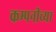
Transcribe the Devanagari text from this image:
कम्पनीच्या